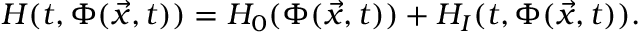
H ( t , \Phi ( \vec { x } , t ) ) = H _ { 0 } ( \Phi ( \vec { x } , t ) ) + H _ { I } ( t , \Phi ( \vec { x } , t ) ) .